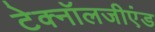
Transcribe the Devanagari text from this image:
टेक्नॉलजीएंड